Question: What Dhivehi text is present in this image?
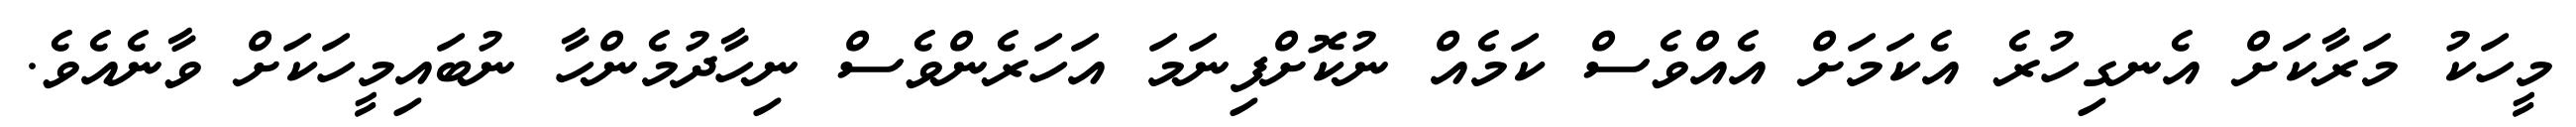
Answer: މީހަކު މަރާކަށް އެނގިހުރެ އެކަމަށް އެއްވެސް ކަމެއް ނުކޮށްފިނަމަ އަހަރެންވެސް ނިހާދުމެންހާ ނުބައިމީހަކަށް ވާނެއެވެ.